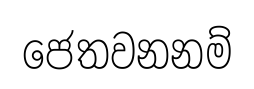
ජෙතවනනම්